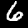
Digit: 6